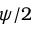
\psi / 2